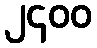
၂၄၀၀